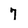
Character: 7